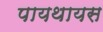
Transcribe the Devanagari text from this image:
पायथायस